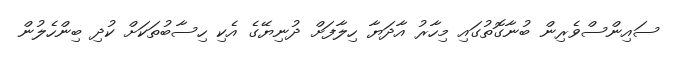
ސައިންސްވެރިން ބުނާގޮތުގައި މިހާރު އާދަޔާ ހިލާފަށް ދުނިޔޭގެ އެކި ހިސާބުތަކަށް ކުދި ބިންހެލުން